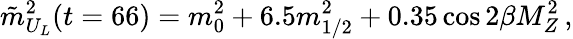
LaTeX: \tilde{m}_{U_{L}}^{2}(t=66)=m_{0}^{2}+6.5m_{1/2}^{2}+0.35\cos{2\beta}M_{Z}^{2}\, ,